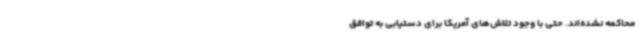
محاکمه نشده‌اند. حتی با وجود تلاش‌های آمریکا برای دستیابی به توافق